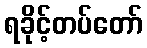
ရခိုင့်တပ်တော်